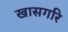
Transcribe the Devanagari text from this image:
खासगरि